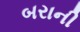
બરાની